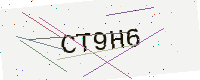
Text: CT9H6